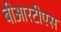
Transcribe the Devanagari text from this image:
बीआरटीएस